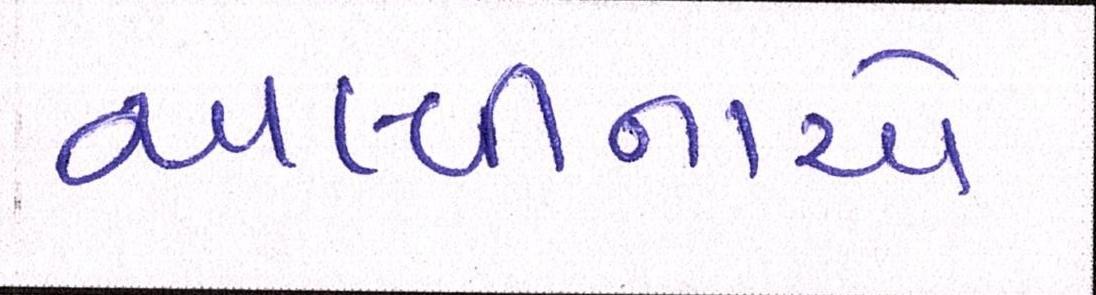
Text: અલ્વીનાએ